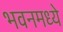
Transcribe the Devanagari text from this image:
भवनमध्ये